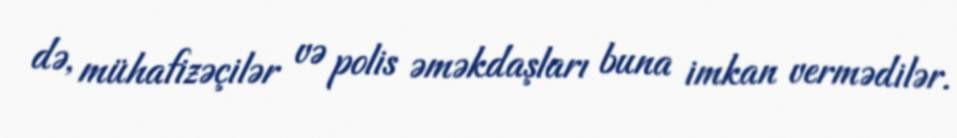
də, mühafizəçilər və polis əməkdaşları buna imkan vermədilər.